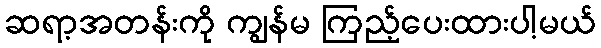
ဆရာ့အတန်းကို ကျွန်မ ကြည့်ပေးထားပါ့မယ်